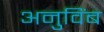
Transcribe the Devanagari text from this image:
अनुविंब